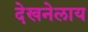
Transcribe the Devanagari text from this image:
देखनेलाय